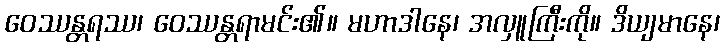
ဝေဿန္တရဿ၊ ဝေဿန္တရာမင်း၏။ မဟာဒါနေ၊ အလှူကြီးကို။ ဒိယျမာနေ၊